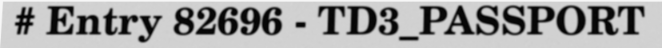
# Entry 82696 - TD3_PASSPORT